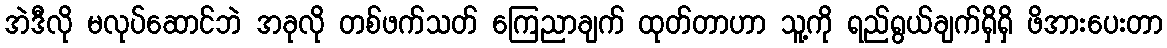
အဲဒီလို မလုပ်ဆောင်ဘဲ အခုလို တစ်ဖက်သတ် ကြေညာချက် ထုတ်တာဟာ သူ့ကို ရည်ရွယ်ချက်ရှိရှိ ဖိအားပေးတာ